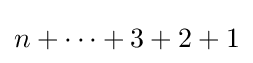
n+\cdots +3+2+1